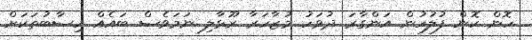
ހޮން ކޮން ފުލުހުން އަންގާރަ ދުވަހު މުޒާހަރާ ރޫޅާލި ނަމަވެސް ބައެއް ހިސާބުތަކަށް